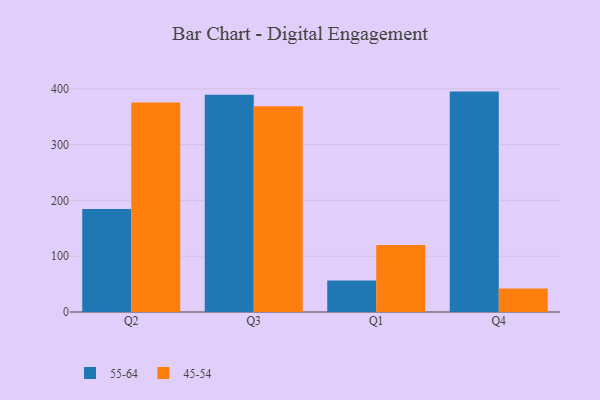
{"axis": {"x": "Quarter", "y": "Population (Million)"}, "legend": ["45-54", "55-64"], "data": [{"x": "Q2", "y": 184.6, "type": "55-64"}, {"x": "Q2", "y": 375.6, "type": "45-54"}, {"x": "Q3", "y": 389.3, "type": "55-64"}, {"x": "Q3", "y": 368.7, "type": "45-54"}, {"x": "Q1", "y": 56.4, "type": "55-64"}, {"x": "Q1", "y": 120.2, "type": "45-54"}, {"x": "Q4", "y": 395.0, "type": "55-64"}, {"x": "Q4", "y": 42.3, "type": "45-54"}]}